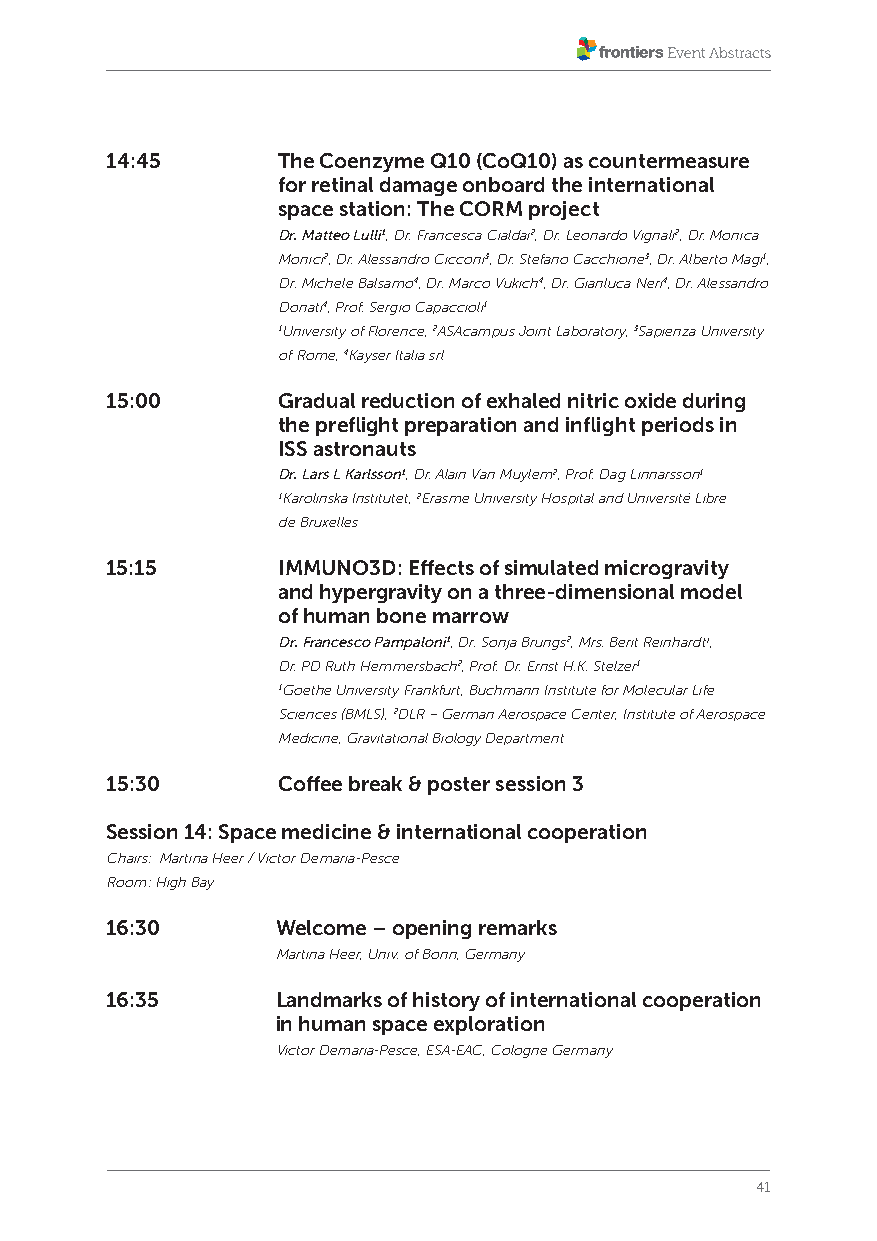
14:45      The Coenzyme Q10 (CoQ10) as countermeasure
 for retinal damage onboard the international
 space station: The CORM project
 Dr. Matteo Lulli1, Dr. Francesca Cialdai2, Dr. Leonardo Vignali2, Dr. Monica
 Monici2, Dr. Alessandro Cicconi3, Dr. Stefano Cacchione3, Dr. Alberto Magi1,
 Dr. Michele Balsamo4, Dr. Marco Vukich4, Dr. Gianluca Neri4, Dr. Alessandro
 Donati4, Prof. Sergio Capaccioli1
 1University of Florence, 2ASAcampus Joint Laboratory, 3Sapienza University
 of Rome, 4Kayser Italia srl
 15:00      Gradual reduction of exhaled nitric oxide during
 the preflight preparation and inflight periods in
 ISS astronauts
 Dr. Lars L Karlsson1, Dr. Alain Van Muylem2, Prof. Dag Linnarsson1
 1Karolinska Institutet, 2Erasme University Hospital and Université Libre
 de Bruxelles
 15:15      IMMUNO3D: Effects of simulated microgravity
 and hypergravity on a three-dimensional model
 of human bone marrow
 Dr. Francesco Pampaloni1, Dr. Sonja Brungs2, Mrs. Berit Reinhardt1,
 Dr. PD Ruth Hemmersbach2, Prof. Dr. Ernst H.K. Stelzer1
 1Goethe University Frankfurt, Buchmann Institute for Molecular Life
 Sciences (BMLS), 2DLR – German Aerospace Center, Institute of Aerospace
 Medicine, Gravitational Biology Department
 15:30      Coffee break & poster session 3
 Session 14: Space medicine & international cooperation
 Chairs: Martina Heer / Victor Demaria-Pesce
 Room: High Bay
 16:30      Welcome – opening remarks
 Martina Heer, Univ. of Bonn, Germany
 16:35      Landmarks of history of international cooperation
 in human space exploration
 Victor Demaria-Pesce, ESA-EAC, Cologne Germany
 41